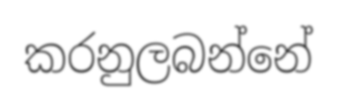
කරනුලබන්නේ